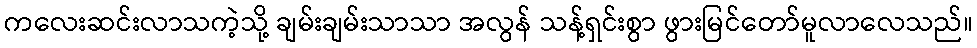
ကလေးဆင်းလာသကဲ့သို့ ချမ်းချမ်းသာသာ အလွန် သန့်ရှင်းစွာ ဖွားမြင်တော်မူလာလေသည်။